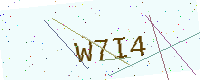
Text: W7I4